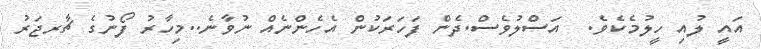
އައީ ލުއި ހީލުމެކެވެ.  އަސްލުވެސް.ދެން ފަހަރަކުން އެހެންނެއް ނުވާނެ..މިހާރު ފޯނުގެ ޗާރޖަރު